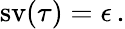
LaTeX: \operatorname{sv}(\tau)=\epsilon\, .